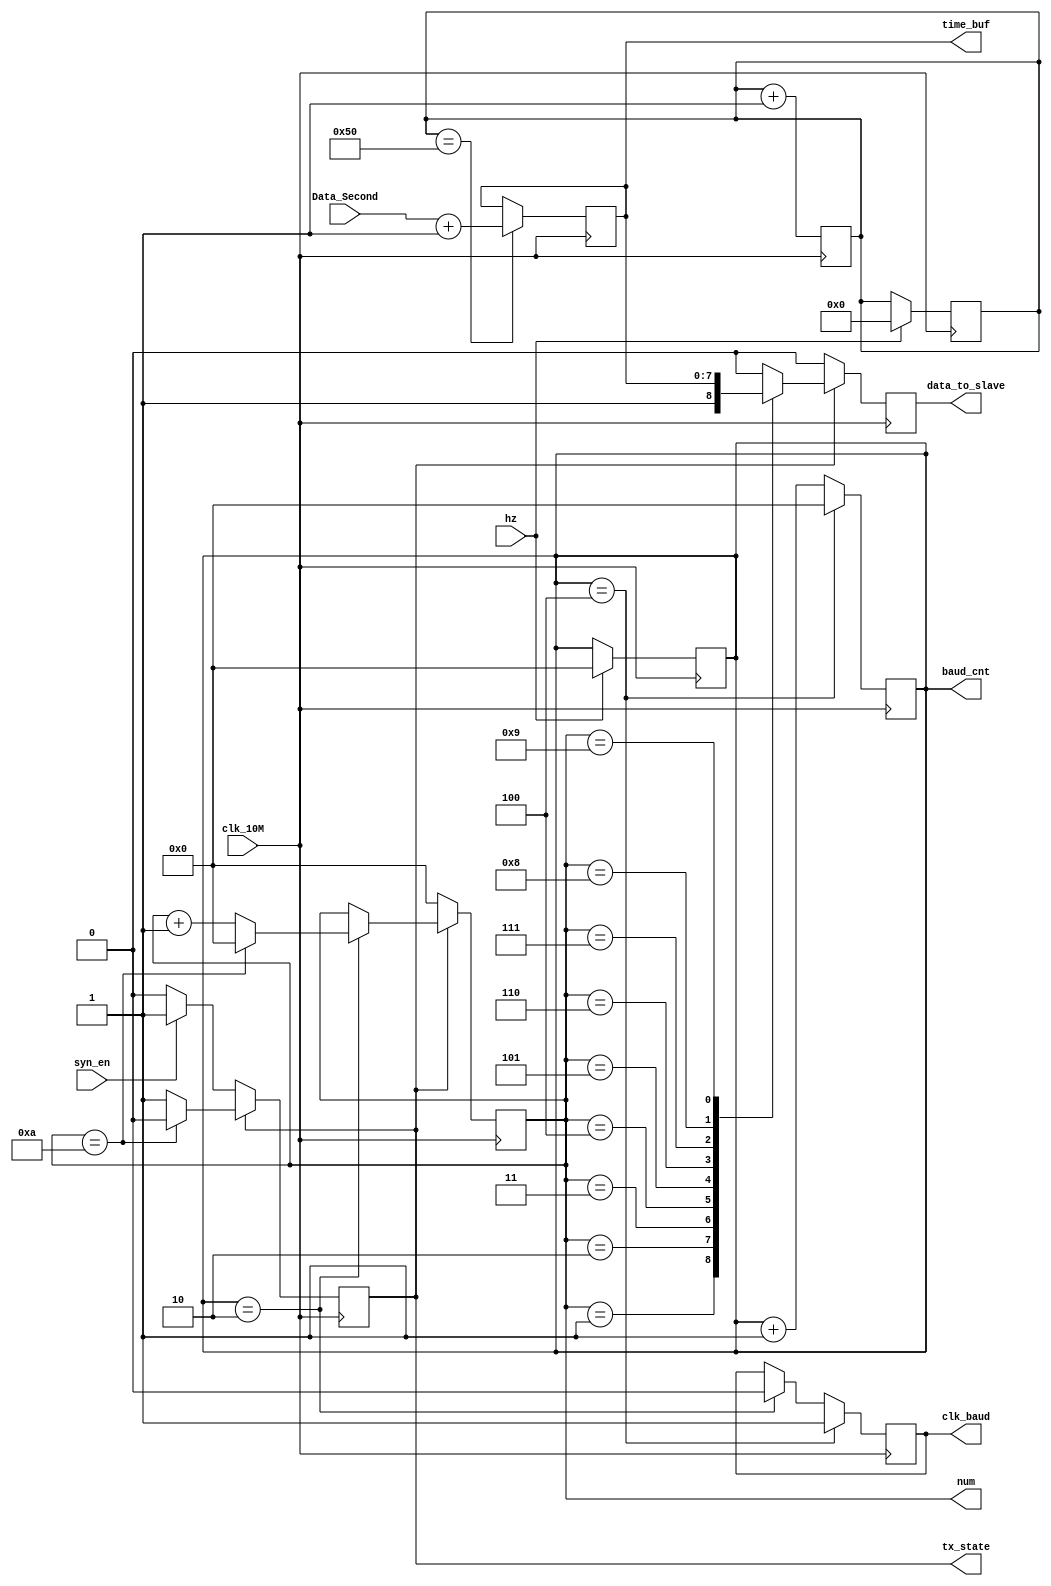
module syn_tx(syn_en,hz,Data_Second,clk_10M,data_to_slave,clk_baud,time_buf,num,tx_state,baud_cnt);
/*#(
parameter           TIME_LOAD                 ,  
parameter           BAUD_DIV                 ,   
parameter           BAUD_DIV_HALF            ,  
parameter           DATA_TX                  ,   
parameter           DATA_NUM                 ,  
parameter           NUM_CNT                  ,  
)  */

parameter TIME_LOAD=80;
parameter BAUD_DIV=4;
parameter DATA_NUM=10;
parameter NUM_CNT=2;
parameter BAUD_DIV_HALF=2;

input syn_en;
input hz;                              
input [7:0] Data_Second;                       
input clk_10M;                                
output reg data_to_slave;                     
output clk_baud;                             
reg [23:0] hz_cnt;                       
output reg [3:0]    baud_cnt;                    
output reg      tx_state;                        
output reg [3:0] num;                           
output reg [7:0] time_buf;                         
reg  clk_baud_r;

initial
begin
baud_cnt=0;
hz_cnt=0;
time_buf=0;
num=0;
clk_baud_r=0;
data_to_slave=0;
tx_state=0;
end

always@(negedge clk_10M)                //
begin
  if(hz)
  begin
  baud_cnt<=0;
  hz_cnt=0;
  end
end

always@(posedge clk_10M)                   
 begin
   hz_cnt<=hz_cnt+1;
   if(hz_cnt==TIME_LOAD)
      time_buf<=Data_Second+8'd1;
end

always @(posedge clk_10M)                   
  begin
   if(baud_cnt==BAUD_DIV)
      baud_cnt<=0;
   else
      baud_cnt<=baud_cnt+1;
   end



always@(posedge clk_10M)
begin
  if(tx_state==1'b0)
     begin
       if(syn_en)
        begin
          tx_state<=1'b1;
        end
       else
        begin
          tx_state<=1'b0;
        end
       end
   else
     begin
        if(num==DATA_NUM)
          begin
           tx_state<=1'b0;
          end
        else
          begin
            tx_state<=1'b1;
          end
     end
  end

always@(posedge clk_10M)
 begin
   if(tx_state)
     begin
       if(baud_cnt==NUM_CNT)
         begin
           num<=num+1;
           if(num==DATA_NUM)
             begin
               num<=4'd0;
             end
          end
      end
    else
      begin
        num<=4'd0;
      end
 end


always @(negedge clk_10M)
begin
  if(tx_state)
   begin
    case(num)
     4'd1: data_to_slave<=1'b1;
     4'd2: data_to_slave<=time_buf[7];
     4'd3: data_to_slave<=time_buf[6];
     4'd4: data_to_slave<=time_buf[5];
     4'd5: data_to_slave<=time_buf[4];
     4'd6: data_to_slave<=time_buf[3];
     4'd7: data_to_slave<=time_buf[2];
     4'd8: data_to_slave<=time_buf[1];
     4'd9: data_to_slave<=time_buf[0];
     default:  data_to_slave<=1'b0;
    endcase
   end
  else
   begin
     data_to_slave<=1'b0;
   end
end

always@(posedge clk_10M)
begin
  if(baud_cnt==BAUD_DIV)
    begin
      clk_baud_r<=1'b1;
    end
  else
    begin
     if(baud_cnt==BAUD_DIV_HALF)
       begin
         clk_baud_r<=1'b0;
       end
    end
end

assign clk_baud=clk_baud_r;

endmodule